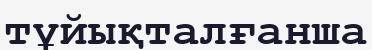
тұйықталғанша